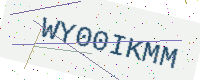
Text: WY00IKMM